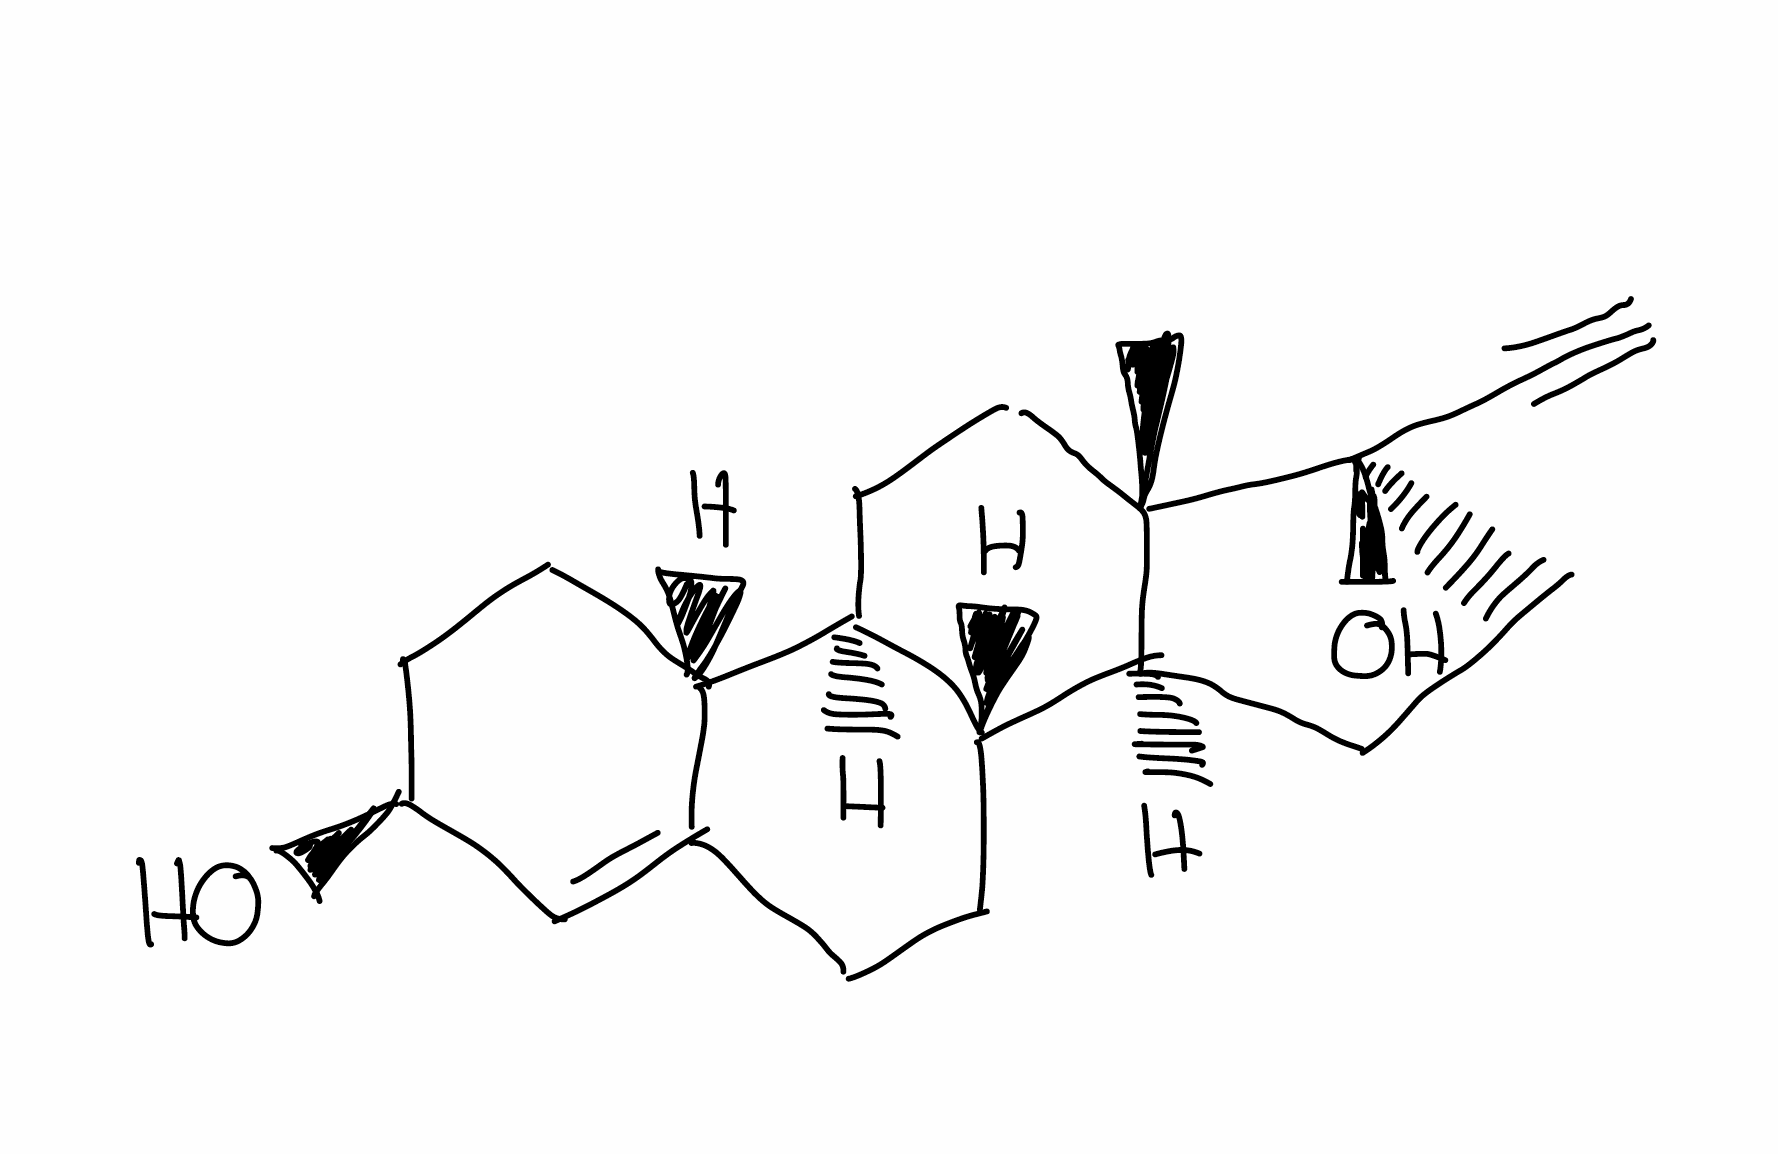
Simplified molecular-input line-entry system (SMILES) notation of the given molecule:
C[C@]12CC[C@H]3[C@H]([C@@H]1CC[C@]2(C#C)O)CCC4=C[C@H](CC[C@H]34)O